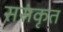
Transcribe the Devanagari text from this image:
ससंकृत